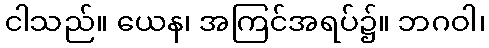
ငါသည်။ ယေန၊ အကြင်အရပ်၌။ ဘဂဝါ၊